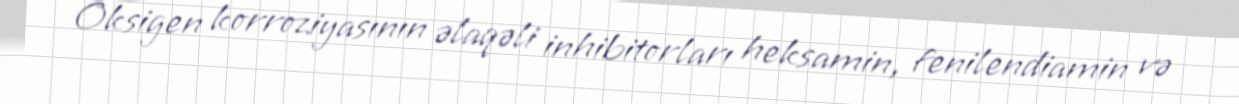
Oksigen korroziyasının əlaqəli inhibitorları heksamin, fenilendiamin və